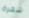
شهرة